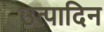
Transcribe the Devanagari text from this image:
उत्पादिन